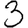
Digit: 3